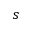
s